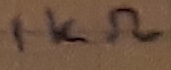
Text: 1KΩ